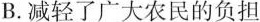
B.减轻了广大农民的负担